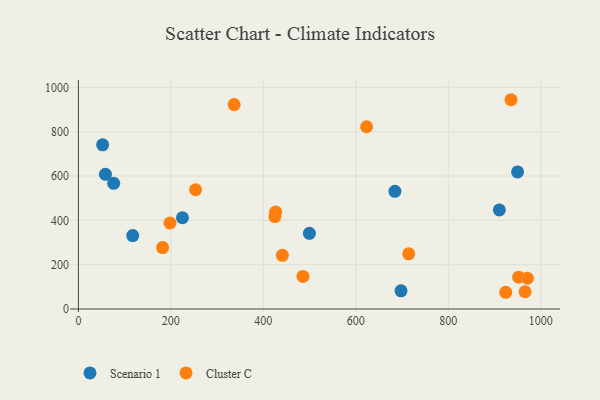
{"axis": {"x": "Distance", "y": "Profit"}, "legend": ["Cluster C", "Scenario 1"], "data": [{"x": "949.8", "y": 618.6, "type": "Scenario 1"}, {"x": "117.5", "y": 331.4, "type": "Scenario 1"}, {"x": "697.7", "y": 82.1, "type": "Scenario 1"}, {"x": "499.6", "y": 341.6, "type": "Scenario 1"}, {"x": "76.3", "y": 566.9, "type": "Scenario 1"}, {"x": "225.0", "y": 411.6, "type": "Scenario 1"}, {"x": "52.4", "y": 740.8, "type": "Scenario 1"}, {"x": "684.5", "y": 530.9, "type": "Scenario 1"}, {"x": "58.5", "y": 607.5, "type": "Scenario 1"}, {"x": "910.4", "y": 447.0, "type": "Scenario 1"}, {"x": "623.3", "y": 822.2, "type": "Cluster C"}, {"x": "714.4", "y": 249.1, "type": "Cluster C"}, {"x": "426.5", "y": 437.5, "type": "Cluster C"}, {"x": "952.2", "y": 143.7, "type": "Cluster C"}, {"x": "485.7", "y": 146.8, "type": "Cluster C"}, {"x": "182.1", "y": 277.3, "type": "Cluster C"}, {"x": "253.4", "y": 538.0, "type": "Cluster C"}, {"x": "966.0", "y": 77.8, "type": "Cluster C"}, {"x": "971.0", "y": 138.7, "type": "Cluster C"}, {"x": "198.1", "y": 388.0, "type": "Cluster C"}, {"x": "924.1", "y": 75.5, "type": "Cluster C"}, {"x": "935.6", "y": 944.1, "type": "Cluster C"}, {"x": "425.0", "y": 417.2, "type": "Cluster C"}, {"x": "336.8", "y": 922.4, "type": "Cluster C"}, {"x": "441.1", "y": 242.2, "type": "Cluster C"}]}